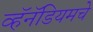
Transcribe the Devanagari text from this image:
व्हॅनॅडियमचे